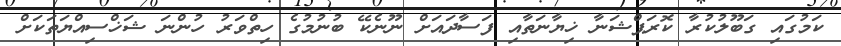
ކަމުގައި ގަބޫލުކުރާ ކޮރަޕްޝަނާ ޚިޔާނަތާއި ފަސާދައަށް ނޫނެކޭ ބުނުމުގެ ހިތްވަރު ހުންނަ ޝަޚްސިއްޔަތަކަށް